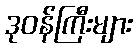
ဒုဝန်ကြီးများ